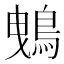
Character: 𪀕